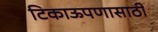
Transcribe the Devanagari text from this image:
टिकाऊपणासाठी